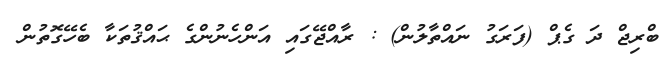
ބްރިޖް ދަ ގެޕް (ފަރަގު ނައްތާލުން) : ރާއްޖޭގައި އަންހެނުންގެ ޙައްޤުތަކާ ބެހޭގޮތުން